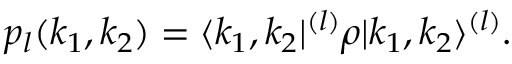
\begin{array} { r } { p _ { l } ( k _ { 1 } , k _ { 2 } ) = \langle k _ { 1 } , k _ { 2 } | ^ { ( l ) } \rho | k _ { 1 } , k _ { 2 } \rangle ^ { ( l ) } . } \end{array}